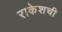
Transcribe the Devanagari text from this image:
राकेशची